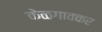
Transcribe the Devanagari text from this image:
केळगावकर